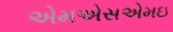
એમએસએમઇ